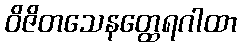
ဝိဇိတသေနတ္ထေရဂါထာ